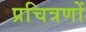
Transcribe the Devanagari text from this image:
प्रचित्रणों